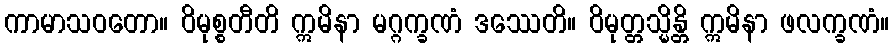
ကာမာသဝတော။ ဝိမုစ္စတီတိ ဣမိနာ မဂ္ဂက္ခဏံ ဒဿေတိ။ ဝိမုတ္တသ္မိန္တိ ဣမိနာ ဖလက္ခဏံ။